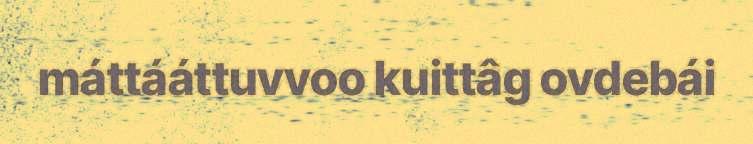
máttááttuvvoo kuittâg ovdebái